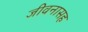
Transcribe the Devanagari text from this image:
जीवनासह